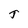
Character: J